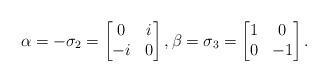
LaTeX: \begin{align*}\alpha =-\sigma_2= \begin{bmatrix} 0 & i \\ -i & 0 \end{bmatrix},\beta =\sigma_3= \begin{bmatrix} 1 & 0 \\ 0 & -1 \end{bmatrix}.\end{align*}